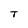
Character: T